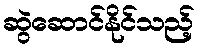
ဆွဲဆောင်နိုင်သည့်